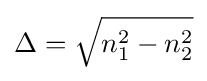
\Delta ={\sqrt {n_{1}^{2}-n_{2}^{2}}}